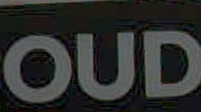
OUD